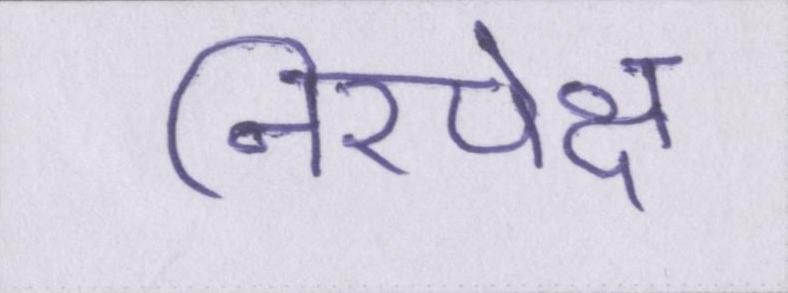
निरपेक्ष